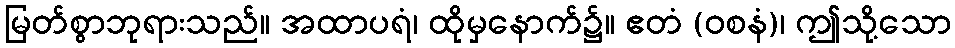
မြတ်စွာဘုရားသည်။ အထာပရံ၊ ထိုမှနောက်၌။ ဧတံ (ဝစနံ)၊ ဤသို့သော